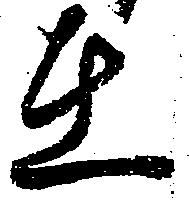
在